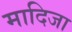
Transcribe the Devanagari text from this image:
मादिजा